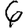
Digit: 6